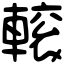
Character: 𨍽